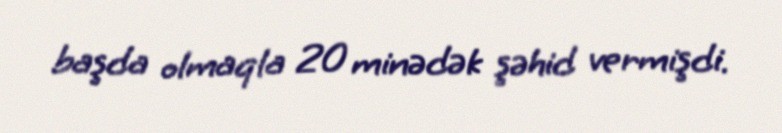
başda olmaqla 20 minədək şəhid vermişdi.